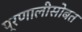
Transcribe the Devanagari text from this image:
प्रणालीसोबत